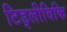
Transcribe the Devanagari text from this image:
टिड्लीविकि